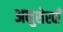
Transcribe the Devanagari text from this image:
अनुशेरवाँ